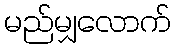
မည်မျှလောက်